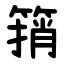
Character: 䈰